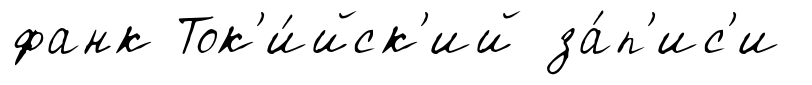
фанк Ток'и́йск'ий за́п'ис'и